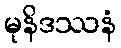
မုနိဒဿနံ